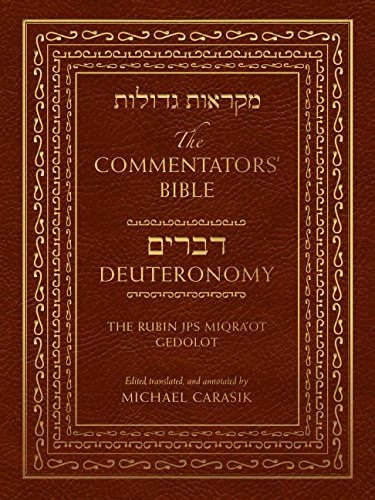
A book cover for The Commentators' Bible: Deuteronomy: The Rubin JPS MiqraEEot Gedolot; Religion & Spirituality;